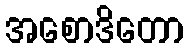
အစောဒိတော